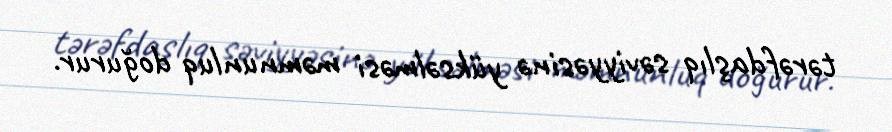
tərəfdaşlıq səviyyəsinə yüksəlməsi məmnunluq doğurur.